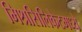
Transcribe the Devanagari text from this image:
मिश्रसिलिकेटमध्ये